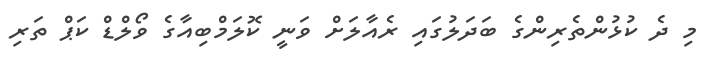
މި ދެ ކުޅުންތެރިންގެ ބަދަލުގައި ރެއާލަށް ވަނީ ކޮލަމްބިއާގެ ވޯލްޑް ކަޕް ތަރި